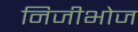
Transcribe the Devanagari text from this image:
निजीभोज